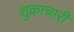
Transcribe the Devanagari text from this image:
शुक्राचारी